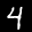
Label: 4